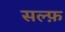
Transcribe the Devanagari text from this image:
सल्फ़